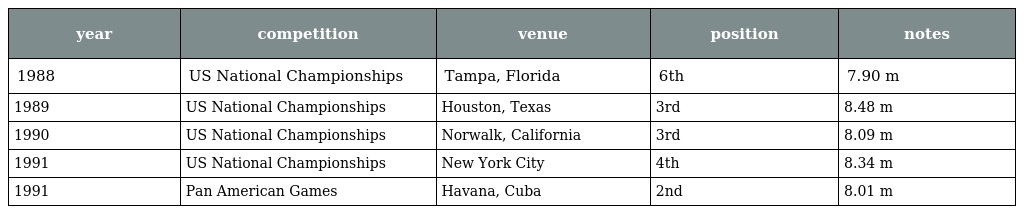
| year | competition | venue | position | notes |
 | --- | --- | --- | --- | --- |
 | 1988 | US National Championships | Tampa, Florida | 6th | 7.90 m |
 | 1989 | US National Championships | Houston, Texas | 3rd | 8.48 m |
 | 1990 | US National Championships | Norwalk, California | 3rd | 8.09 m |
 | 1991 | US National Championships | New York City | 4th | 8.34 m |
 | 1991 | Pan American Games | Havana, Cuba | 2nd | 8.01 m |